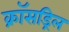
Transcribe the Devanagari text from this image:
क्रॉसड्रिल